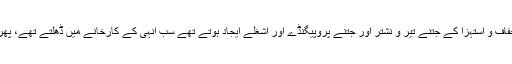
اسلام کے خلاف طعن و طنز اور استخفاف و استہزا کے جتنے تیر و نشتر اور جتنے پروپیگنڈے اور اشغلے ایجاد ہوتے تھے سب انہی کے کارخانے میں ڈھلتے تھے، پھر انہی سے دوسروں میں پھیلتے تھے۔